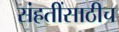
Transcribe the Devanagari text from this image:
संहतींसाठीच